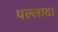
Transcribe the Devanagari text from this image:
पल्लादा